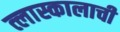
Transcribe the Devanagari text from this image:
त्लास्कालाची